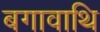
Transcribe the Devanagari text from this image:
बगावाथि